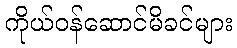
ကိုယ်ဝန်ဆောင်မိခင်များ